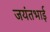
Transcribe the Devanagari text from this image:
जयंतभाई